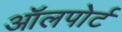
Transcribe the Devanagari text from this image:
ऑलपोर्ट